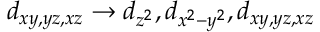
d _ { x y , y z , x z } \rightarrow d _ { z ^ { 2 } } , d _ { x ^ { 2 } - y ^ { 2 } } , d _ { x y , y z , x z }